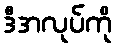
ဒီအလုပ်ကို